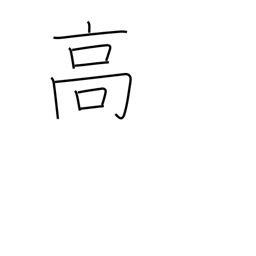
Meaning: tall